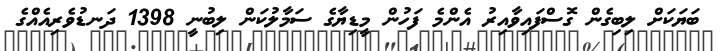
ބަޔަކަށް ލިބިގެން ގޮސްފައިވާއިރު އެންމެ ފަހުން މީޑިޔާގެ ސަމާލުކަން ލިބުނީ 1398 ދަނޑުވެރިއެއްގެ